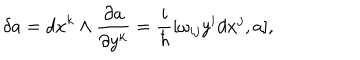
LaTeX: \delta a = d x ^ { k } \wedge \frac { \partial a } { \partial y ^ { k } } = \frac { i } { \hbar } [ \omega _ { i j } y ^ { i } d x ^ { j } , a ] ,